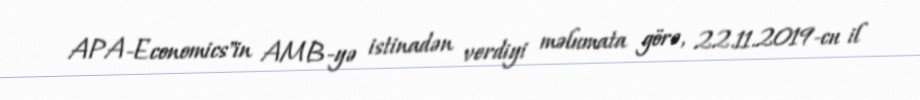
APA-Economics"in AMB-yə istinadən verdiyi məlumata görə, 22.11.2019-cu il